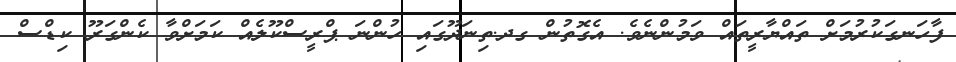
ފާހަނގަކުރުމަށް ތައްޔާރީތައް ވަމުންނެވެ. އެގޮތުން ގދ.ތިނަދޫގައި ހުންނަ ޕްރީސްކޫލެއް ކަމަށްވާ ކެންގަރޫ ކިޑްސް